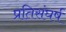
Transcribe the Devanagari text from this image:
प्रतिसंघर्ष